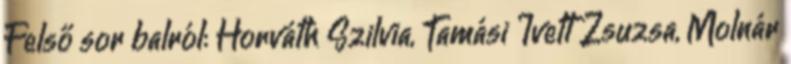
Felső sor balról: Horváth Szilvia, Tamási Ivett Zsuzsa, Molnár